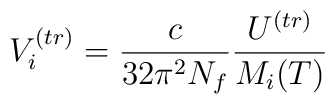
V_i^{(tr)} = \frac{c}{32\pi^2N_f} \frac{U^{(tr)}}{M_i(T)}